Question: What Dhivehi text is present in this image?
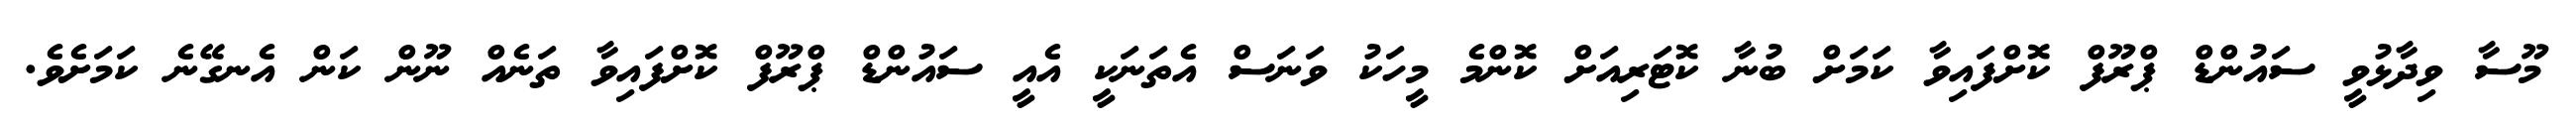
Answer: މޫސާ ވިދާޅުވީ ސައުންޑް ޕްރޫފް ކޮށްފައިވާ ކަމަށް ބުނާ ކޮޓަރިއަށް ކޮންމެ މީހަކު ވަނަސް އެތަނަކީ އެއީ ސައުންޑް ޕްރޫފް ކޮށްފައިވާ ތަނެއް ނޫން ކަން އެނގޭނެ ކަމަށެވެ.